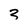
Character: 3